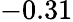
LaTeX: -0.31